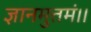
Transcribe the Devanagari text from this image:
ज्ञानमुत्तमं।।